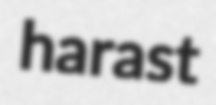
harast